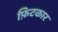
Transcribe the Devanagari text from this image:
फ़िटकार